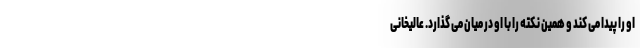
او را پیدا می کند و همین نکته را با او در میان می گذارد. عالیخانی